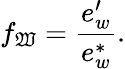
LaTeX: f_{\mathfrak{W}}={\frac{{e_{w}^{\prime}}}{{e_{w}^{*}}}}.